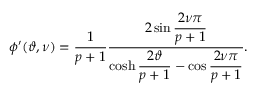
\phi ^ { \prime } ( \vartheta , \nu ) = \displaystyle \frac { 1 } { p + 1 } \displaystyle \frac { 2 \sin \displaystyle \frac { 2 \nu \pi } { p + 1 } } { \cosh \displaystyle \frac { 2 \vartheta } { p + 1 } - \cos \displaystyle \frac { 2 \nu \pi } { p + 1 } } .